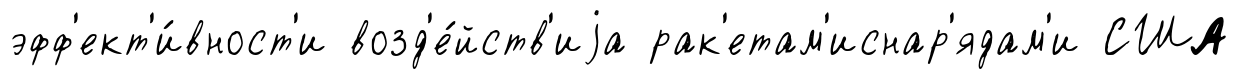
эфф'ект'и́вност'и возд'е́йств'иjа рак'етам'иснар'ядам'и США